Madras plague regulations in force outside the Presidency town - Volume 1
Disease focus: Plague
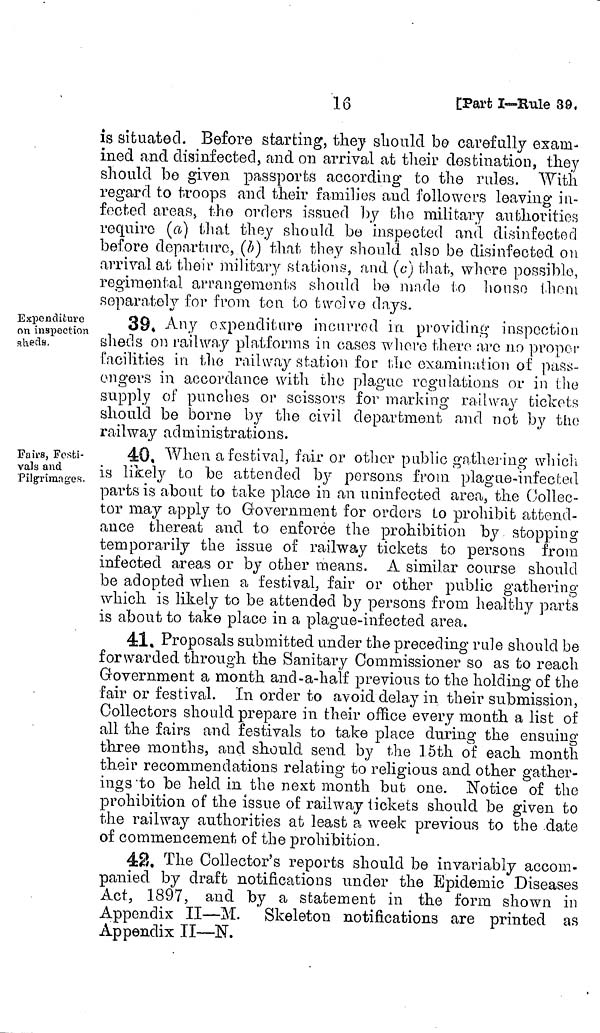
16
[Part I—Rule 39,
is situated. Before starting, they should be carefully exam-
ined and disinfected, and on arrival at their destination, they
should be given passports according to the rules. With
regard to troops and their families and followers leaving in-
footed areas the orders issued by the military authorities
require (a) that they should be inspected and disinfected
before departure, (b) that they should also be disinfected on
arrival at their military stations, and (c) that, whore possible,
regimental arrangements should be made to house them
separatelv for from to twelve days.
Expenditure
on inspection
sheds.
39» Any expenditure incurred in providing inspection
sheds on railway platforms in oases where there are no proper
facilities in the railway station for the examination of pass-
engers in accordance with the plague regulations or in (he
supply of punches or scissors for marking railway tickets
should be borne by the civil department and not by the
railway administrations.
Pairs, Festi-
vals and
Pilgrimages.
40. When a festival, fair or other public gathering which
is likely to be attended by persons from plague-infected
parts is about to take place in an uninfected area, the Collec-
tor may apply to Government for orders to prohibit attend-
ance thereat and to enforce the prohibition by stopping
temporarily the issue of railway tickets to persons from
infected areas or by other means. A similar course should
be adopted when a festival, fair or other public gathering
which is likely to be attended by persons from healthy parts
is about to take place in a plague-infected area.
41, Proposals submitted under the preceding rule should be
forwarded through the Sanitary Commissioner so as to reach
Government a month and-a-half previous to the holding of the
fair or festival. In order to avoid delay in their submission,
Collectors should prepare in their office every month a list of
all the fairs and festivals to take place during the ensuing
three months, and should send by the 15th of each month
their recommendations relating to religious and other gather-
ings'to be held in the next month but one. ."Notice of the
prohibition of the issue of railway tickets should be given to
the railway authorities at least a week previous to the date
of commencement of the prohibition.
42. The Collector's reports should be invariably accom-
panied by draft notifications under the Epidemic Diseases
Act, 1897, and by a statement in the form shown in
Appendix II—M. Skeleton notifications are printed as
Appendix II—N.